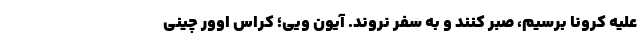
علیه کرونا برسیم، صبر کنند و به سفر نروند. آیون ویی؛ کراس اوور چینی